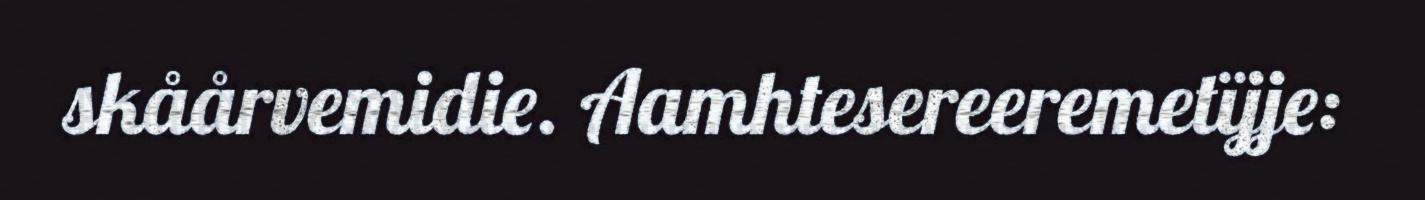
skåårvemidie. Aamhtesereeremetïjje: